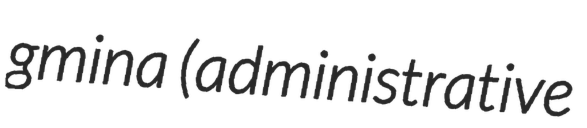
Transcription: gmina (administrative